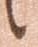
候